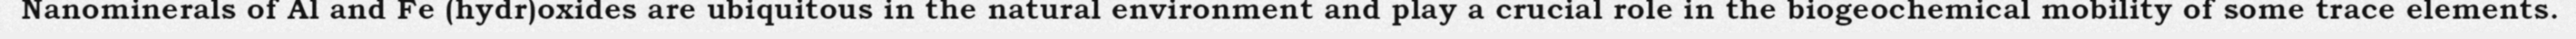
Nanominerals of Al and Fe (hydr)oxides are ubiquitous in the natural environment and play a crucial role in the biogeochemical mobility of some trace elements.